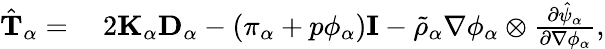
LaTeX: \begin{array}{rl}{\hat{\mathbf{T}}_{\alpha}=}&{{}~2\mathbf{K}_{\alpha}\mathbf{D}_{\alpha}-(\pi_{\alpha}+p\phi_{\alpha})\mathbf{I}-\tilde{\rho}_{\alpha}\nabla\phi_{\alpha}\otimes\frac{\partial\hat{\psi}_{\alpha}}{\partial\nabla\phi_{\alpha}},}\end{array}